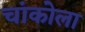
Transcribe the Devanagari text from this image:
चांकोला